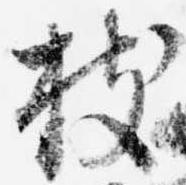
枝